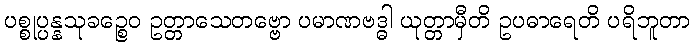
ပစ္စုပ္ပန္နသုခဉ္စေဝ ဥတ္တာသေတဗ္ဗော ပမာဏဗဒ္ဓါ ယုတ္တာမှီတိ ဥပဓာရေတိ ပရိဘူတာ